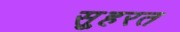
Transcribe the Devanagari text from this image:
स़ुहरत